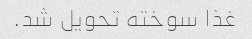
غذا سوخته تحویل شد.